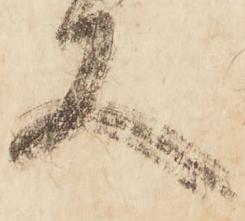
又